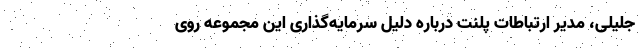
جلیلی، مدیر ارتباطات پلنت درباره دلیل سرمایه‌گذاری این مجموعه روی